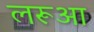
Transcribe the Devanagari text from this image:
लरूआ